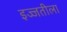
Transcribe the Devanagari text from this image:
इज्जतीला